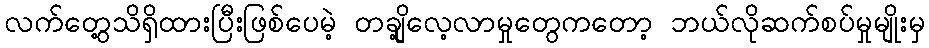
လက်တွေ့သိရှိထားပြီးဖြစ်ပေမဲ့ တချို့လေ့လာမှုတွေကတော့ ဘယ်လိုဆက်စပ်မှုမျိုးမှ